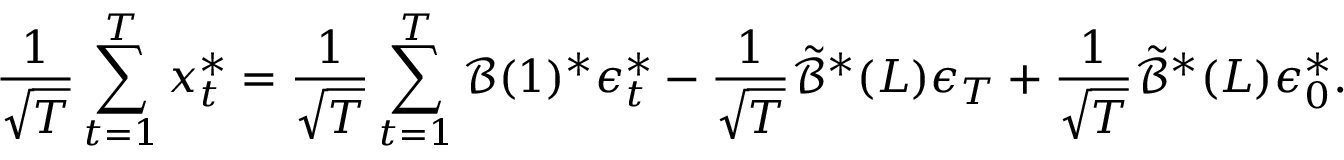
\frac { 1 } { \sqrt { T } } \sum _ { t = 1 } ^ { T } \boldsymbol { x } _ { t } ^ { * } = \frac { 1 } { \sqrt { T } } \sum _ { t = 1 } ^ { T } \mathcal { B } ( 1 ) ^ { * } \boldsymbol { \epsilon } _ { t } ^ { * } - \frac { 1 } { \sqrt { T } } \tilde { \mathcal { B } } ^ { * } ( L ) \boldsymbol { \epsilon } _ { T } + \frac { 1 } { \sqrt { T } } \tilde { \mathcal { B } } ^ { * } ( L ) \boldsymbol { \epsilon } _ { 0 } ^ { * } .